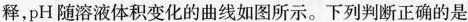
释，pH随溶液体积变化的曲线如图所示。下列判断正确的是